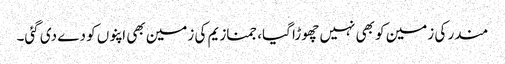
مندر کی زمین کو بھی نہیں چھوڑا گیا، جمنازیم کی زمین بھی اپنوں کو دے دی گئی۔